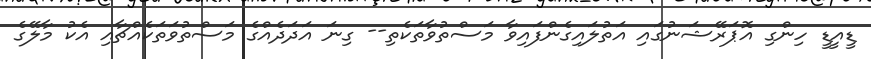
ޑީއީޑީ ހިންގި އޮޕަރޭޝަނުގައި އަތުލައިގެންފައިވާ މަސްތުވާތަކެތި-- ގިނަ އަދަދެއްގެ މަސްތުވަތަކެއްޗާއި އެކު މާލޭގެ